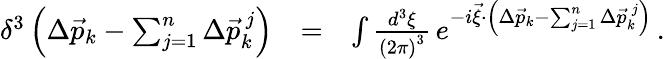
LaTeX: \begin{array}{rlr}{\delta^{3}\left(\Delta\vec{p}_{k}-\sum_{j=1}^{n}\Delta\vec{p}_{k}^{\, j}\right)}&{=}&{\int\frac{d^{3}\xi}{\left(2\pi\right)^{3}}\, e^{-i\vec{\xi}\cdot\left(\Delta\vec{p}_{k}-\sum_{j=1}^{n}\Delta\vec{p}_{k}^{\, j}\right)}\, .}\end{array}